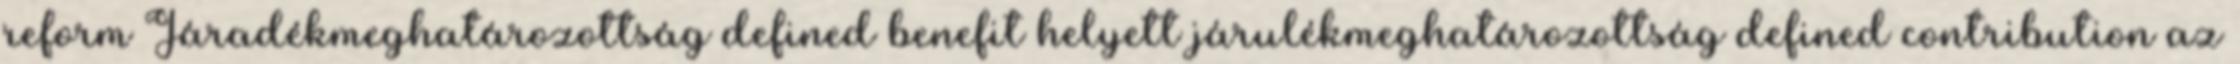
reform Járadékmeghatározottság defined benefit helyett járulékmeghatározottság defined contribution az